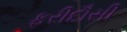
ફરીદૌસી